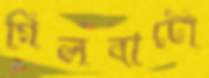
গিলবার্টো